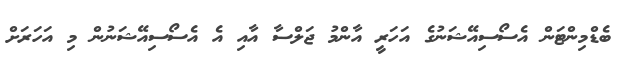
ބެޑްމިންޓަން އެސޯސިއޭޝަނުގެ އަހަރީ އާންމު ޖަލްސާ އާއި އެ އެސޯސިއޭޝަނުން މި އަހަރަށް